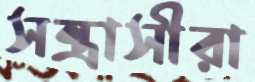
সন্ত্রাসীরা